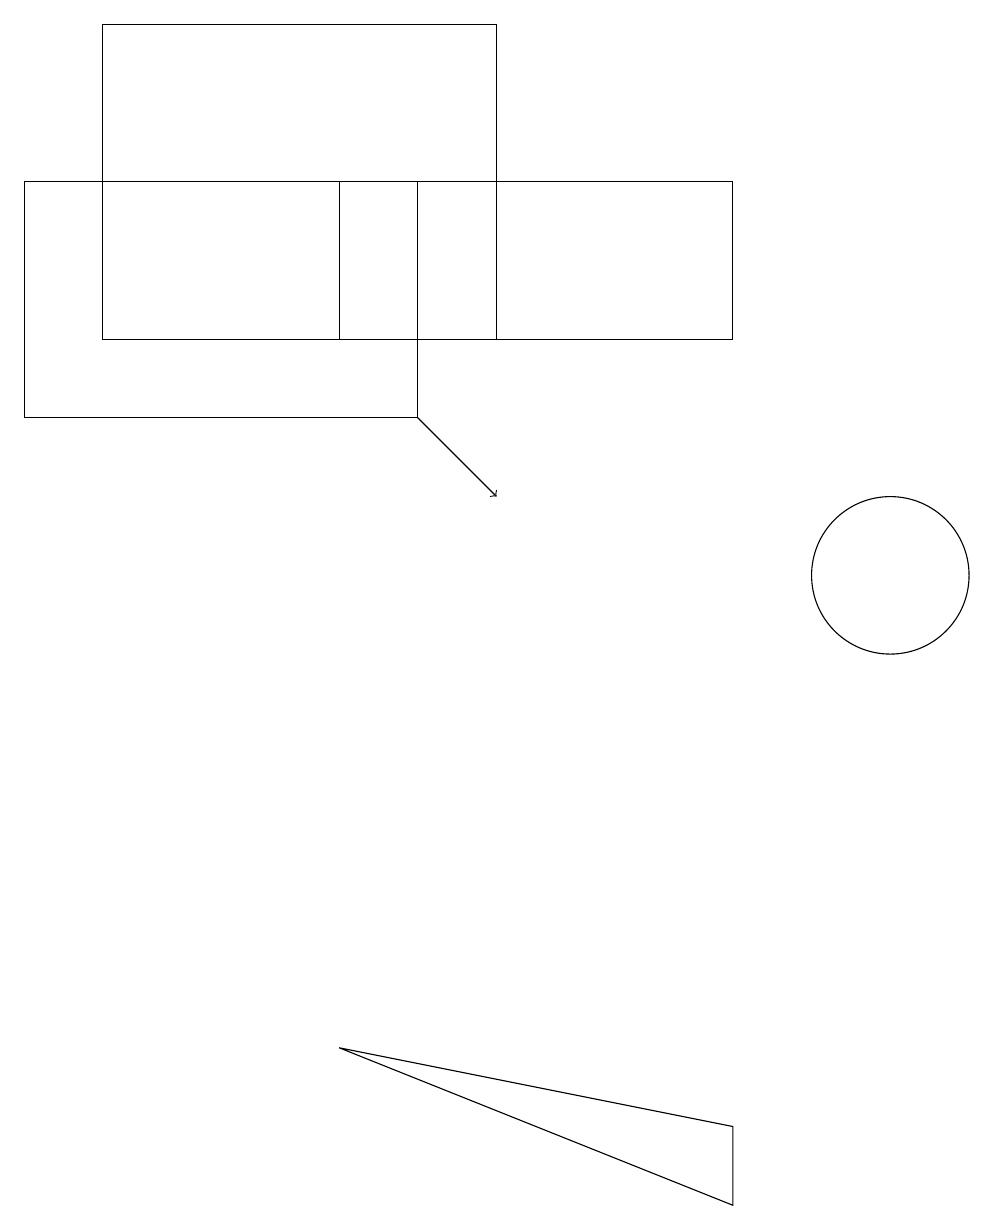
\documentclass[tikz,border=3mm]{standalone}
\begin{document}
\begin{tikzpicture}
\draw (1,14) rectangle (6,18);
\draw[->] (5,13) -- (6,12);
\draw (0,16) rectangle (5,13);
\draw (11,11) circle (1);
\draw (4,5) -- (9,3) -- (9,4) -- cycle;
\draw (4,14) rectangle (9,16);
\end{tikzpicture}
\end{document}